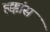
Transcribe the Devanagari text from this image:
हक्कांस